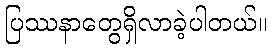
ပြဿနာတွေရှိလာခဲ့ပါတယ်။